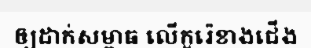
ឲ្យដាក់សម្ពាធ លើកូរ៉េខាងជើង